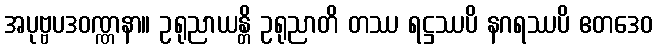
အပုဗ္ဗပဒဝဏ္ဏနာ။ ဥရုညာယန္တိ ဥရုညာတိ တဿ ရဋ္ဌဿပိ နဂရဿပိ ဧတဒေဝ